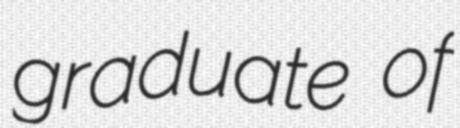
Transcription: graduate of